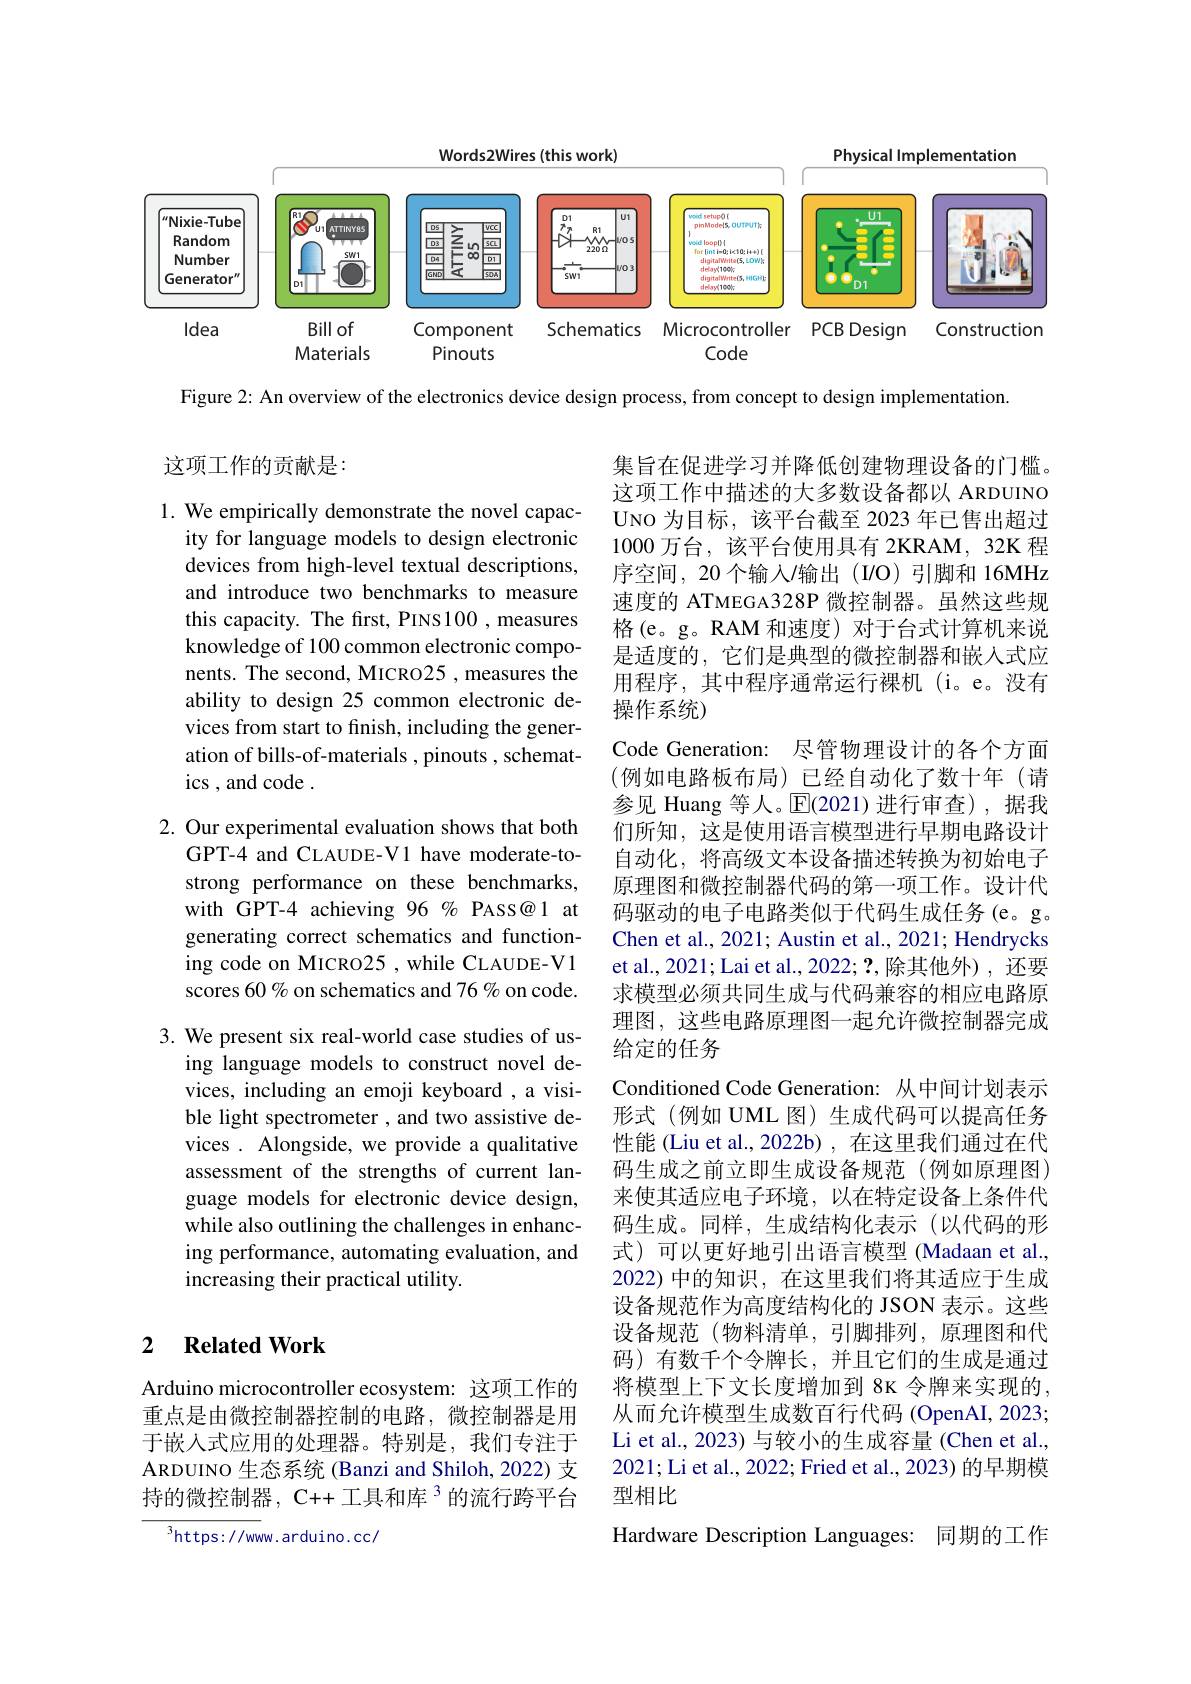
Words2Wires (this work)

Physical Implementation

<FigureHere>

Figure 2: An overview of the electronics device design process, from concept to design implementation.

这项工作的贡献是：

1. We empirically demonstrate the novel capac-
ity for language models to design electronic devices from high-level textual descriptions, and introduce two benchmarks to measure this capacity. The first, PINS100 , measures knowledge of 100 common electronic components. The second, MICRO25, measures the ability to design 25 common electronic devices from start to finish, including the generation of bills-of-materials , pinouts , schematics , and code .

2. Our experimental evaluation shows that both
GPT-4 and CLAUDE-V1 have moderate-tostrong performance on these benchmarks, with GPT-4 achieving 96% PASS@1 at generating correct schematics and functioning code on MICRO25 , while CLAUDE-V1 scores 60% on schematics and 76 % on code.

集旨在促进学习并降低创建物理设备的门槛。这项工作中描述的大多数设备都以 ARDUINO UNO 为目标，该平台截至 2023 年已售出超过1000万台，该平台使用具有 2KRAM, 32K 程序空间，20个输入/输出(I/O)引脚和16MHz 速度的 ATMEGA328P 微控制器。虽然这些规格(e。g。RAM 和速度) 对于台式计算机来说是适度的，它们是典型的微控制器和嵌入式应用程序，其中程序通常运行裸机(i。e。没有操作系统)
Code Generation: 尽管物理设计的各个方面(例如电路板布局)已经自动化了数十年(请参见 Huang 等人。$\mathbb{E}$(2021)进行审查),据我们所知，这是使用语言模型进行早期电路设计自动化，将高级文本设备描述转换为初始电子原理图和微控制器代码的第一项工作。设计代码驱动的电子电路类似于代码生成任务(e。g。Chen et al., 2021; Austin et al., 2021; Hendrycks et al., 2021; Lai et al., 2022; ?,除其他外),还要求模型必须共同生成与代码兼容的相应电路原理图，这些电路原理图一起允许微控制器完成给定的任务
Conditioned Code Generation: 从中间计划表示形式(例如 UML 图)生成代码可以提高任务性能 (Liu et al., 2022b) , 在这里我们通过在代码生成之前立即生成设备规范(例如原理图) 来使其适应电子环境，以在特定设备上条件代码生成。同样，生成结构化表示(以代码的形式)可以更好地引出语言模型(Madaan et al., 2022)中的知识，在这里我们将其适应于生成设备规范作为高度结构化的 JSON 表示。这些设备规范(物料清单，引脚排列，原理图和代码)有数千个令牌长，并且它们的生成是通过将模型上下文长度增加到 8K 令牌来实现的， 从而允许模型生成数百行代码 (OpenAI, 2023; Li et al., 2023) 与较小的生成容量 (Chen et al., 2021;Li et al., 2022; Fried et al., 2023) 的早期模型相比
Hardware Description Languages: 同期的工作

3. We present six real-world case studies of us-

ing language models to construct novel devices, including an emoji keyboard , a visible light spectrometer , and two assistive devices . Alongside, we provide a qualitative assessment of the strengths of current language models for electronic device design, while also outlining the challenges in enhancing performance, automating evaluation, and increasing their practical utility.

## 2 $\textbf{Related Work}$

Arduino microcontroller ecosystem: 这项工作的重点是由微控制器控制的电路，微控制器是用于嵌入式应用的处理器。特别是，我们专注于ARDUINO 生态系统 (Banzi and Shiloh, 2022) 支持的微控制器，C++ 工具和库 3 的流行跨平台

$^{3}$https://www.arduino.cc/